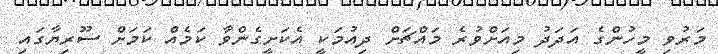
މަރުވި މީހުންގެ އަދަދު މިއަށްވުރެ މައްޗަށް ދިއުމަކީ އެކަށީގެންވާ ކަމެއް ކަމަށް ސޫރިޔާގައި